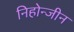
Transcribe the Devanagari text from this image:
निहोन्जीन